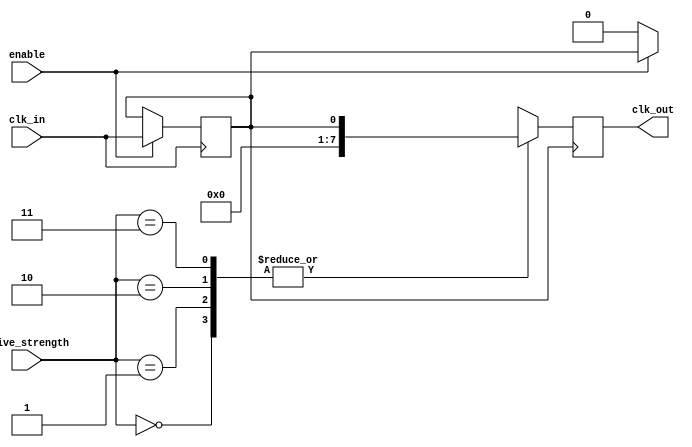
module high_fanout_clock_buffer (
    input wire clk_in,        // Input clock signal
    input wire enable,        // Enable signal for the buffer
    input wire [1:0] drive_strength, // Drive strength control (2'b00 = low, 2'b11 = high)
    output wire [N-1:0] clk_out  // Output clock signals (N outputs)
);
    parameter N = 8; // Number of outputs
    parameter PROP_DELAY = 1; // Propagation delay (in simulation units)

    // Internal signal for buffered clock
    reg clk_buf;

    // Input stage: Simple clock conditioning
    always @(posedge clk_in) begin
        if (enable) begin
            clk_buf <= clk_in; // Buffer the input clock when enabled
        end
    end

    // Buffering stage: Amplifies the clock signal
    always @(posedge clk_buf) begin
        // Adjust drive strength based on control input
        // This is a simple representation; actual implementation will depend on specific technology
        case (drive_strength)
            2'b00: begin
                // Low drive strength
                #PROP_DELAY clk_out <= clk_buf; // Simple propagation delay
            end
            2'b01: begin
                // Medium drive strength
                #PROP_DELAY clk_out <= clk_buf; // Adjust as necessary for medium drive
            end
            2'b10: begin
                // High drive strength
                #PROP_DELAY clk_out <= clk_buf; // Adjust as necessary for high drive
            end
            2'b11: begin
                // Full drive strength
                #PROP_DELAY clk_out <= clk_buf; // Adjust as necessary for full drive
            end
        endcase
    end

    // Output stage: Distributes the buffered clock to all outputs
    genvar i;
    generate
        for (i = 0; i < N; i = i + 1) begin : clk_distribution
            assign clk_out[i] = (enable) ? clk_buf : 1'b0; // Drive output only when enabled
        end
    endgenerate

endmodule